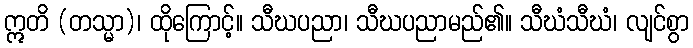
ဣတိ (တသ္မာ)၊ ထိုကြောင့်။ သီဃပညာ၊ သီဃပညာမည်၏။ သီဃံသီဃံ၊ လျင်စွာ